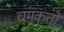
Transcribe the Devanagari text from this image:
चमकतो